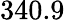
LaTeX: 340.9